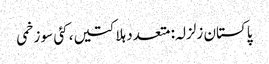
پاکستان زلزلہ: متعدد ہلاکتیں، کئی سو زخمی